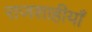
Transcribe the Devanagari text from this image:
राजशाहीयाँ